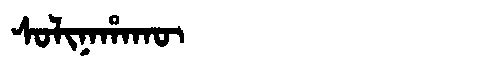
Manchu: ᠰᠣᠯᡳᠨᠠᡥᠠᡴᡡ
Romanization: SOLINAHAKŪ